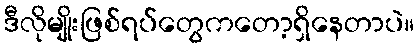
ဒီလိုမျိုးဖြစ်ရပ်တွေကတော့ရှိနေတာပဲ။